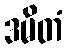
ဒမိတံ